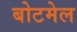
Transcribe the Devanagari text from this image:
बोटमेल